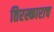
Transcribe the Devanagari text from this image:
तिरस्काराच